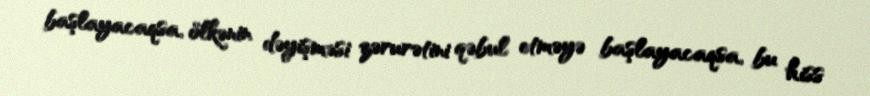
başlayacaqsa, ölkənin dəyişməsi zərurətini qəbul etməyə başlayacaqsa, bu hiss